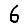
Digit: 6